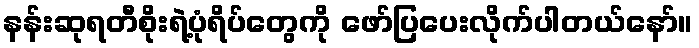
နန်းဆုရတီစိုးရဲ့ပုံရိပ်တွေကို ဖော်ပြပေးလိုက်ပါတယ်နော်။